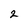
Character: 2